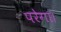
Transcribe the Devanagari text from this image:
परेगा।